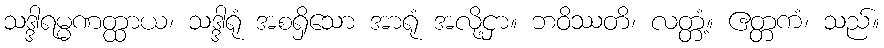
သဒ္ဒါရမ္မဏတ္ထာယ၊ သဒ္ဒါရုံ အစရှိသော အာရုံ အလို့ငှာ။ ဘဝိဿတိ၊ လတ္တံ့။ ဧတ္တကံ၊ သည်။